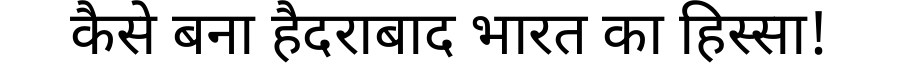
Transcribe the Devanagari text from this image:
कैसे बना हैदराबाद भारत का हिस्सा!